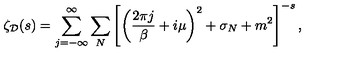
\zeta _ { \cal D } ( s ) = \sum _ { j = - \infty } ^ { \infty } \sum _ { N } \left[ \left( { \frac { 2 \pi j } { \beta } } + i \mu \right) ^ { 2 } + \sigma _ { N } + m ^ { 2 } \right] ^ { - s } ,